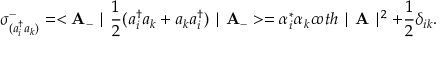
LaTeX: \sigma _ { ( a _ { i } ^ { \dag } a _ { k } ) } ^ { - } = < { \bf A } _ { - } \mid \frac { 1 } { 2 } ( a _ { i } ^ { \dag } a _ { k } + a _ { k } a _ { i } ^ { \dag } ) \mid { \bf A _ { - } } > = \alpha _ { i } ^ { * } \alpha _ { k } c o t h \mid { \bf A } \mid ^ { 2 } + \frac { 1 } { 2 } \delta _ { i k } . \nonumber \,